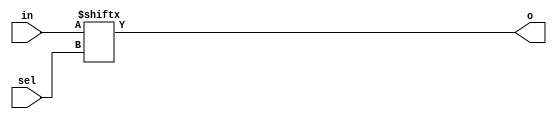
module Mux2C (in,sel,o);
	// cadence inline
	input [1:0] in;
	input sel;
	output o;
	assign o = in[sel];
endmodule

module Mux4C (in,sel,o);
	// cadence inline
	input [3:0] in;
	input [1:0] sel;
	output o;
	assign o = in[sel];
endmodule


module Mux8C (in,sel,o);
	// cadence inline
  	input [7:0] in;
   	input [2:0] sel;
	output o;
	assign o = in[sel];
endmodule


module Mux16C (in,sel,o);
	// cadence inline
   	input [15:0] in;
   	input [3:0] sel;
	output o;
	wire [1:0] oi;
	Mux8C m81(.in(in[15:8]), .sel(sel[2:0]), .o(oi[1]));
	Mux8C m82(.in(in[7:0]), .sel(sel[2:0]), .o(oi[0]));
	assign o = sel[3]? oi[1] : oi[0];
endmodule

module Mux32C (in,sel,o);
	// cadence inline
   	input [31:0] in;
   	input [4:0] sel;
	output o;
	wire [1:0] oi;
	Mux16C m16_1(.in(in[31:16]), .sel(sel[3:0]), .o(oi[1]));
	Mux16C m16_2(.in(in[15:0]), .sel(sel[3:0]), .o(oi[0]));
	assign o = sel[4]? oi[1] : oi[0];
endmodule